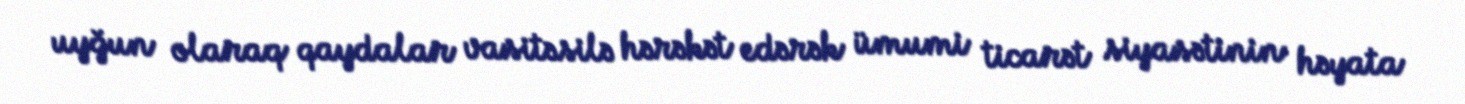
uyğun olaraq qaydalar vasitəsilə hərəkət edərək ümumi ticarət siyasətinin həyata